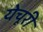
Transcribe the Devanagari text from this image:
येचूरी